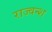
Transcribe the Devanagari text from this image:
राज्वन्श